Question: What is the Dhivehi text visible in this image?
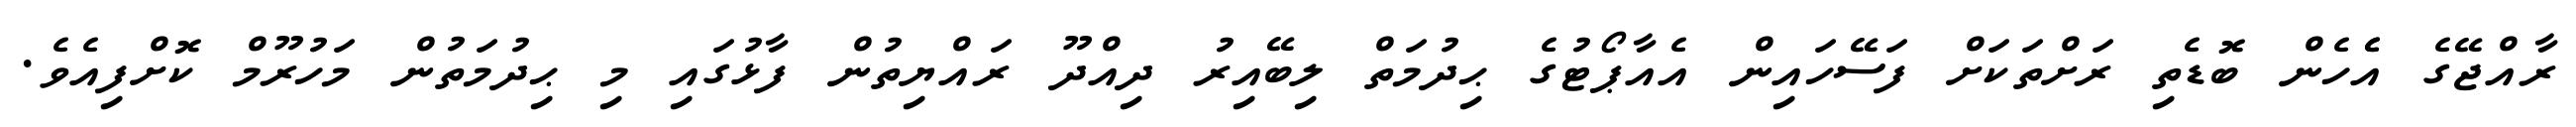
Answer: ރާއްޖޭގެ އެެހެން ބޮޑެތި ރަށްތަކަށް ފަސޭހައިން އެއާޕޯޓުގެ ޙިދުމަތް ލިބޭއިރު ދިއްދޫ ރައްޔިތުން ފާޅުގައި މި ޙިދުމަތުން މަހުރޫމް ކޮށްފިއެވެ.